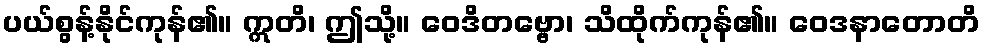
ပယ်စွန့်နိုင်ကုန်၏။ ဣတိ၊ ဤသို့။ ဝေဒိတဗ္ဗော၊ သိထိုက်ကုန်၏။ ဝေဒနာတောတိ